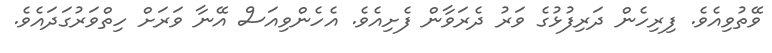
ވޭތުވިއެވެ. ފިރިހެން ދަރިފުޅުގެ ވަރު ދެރަވާން ފެށިއެވެ. އެހެންވިއަސް އޭނާ ވަރަށް ހިތްވަރުގަދައެވެ.